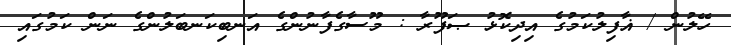
ހޭލުން / ޣާފިލުކަމުގެ އިދިކޮޅު ޞަފޫރާ : މޫސާގެފާނުންގެ އަނބިކަނބަލުންގެ ނަން ކަމުގައި